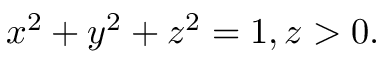
x ^ { 2 } + y ^ { 2 } + z ^ { 2 } = 1 , z > 0 .